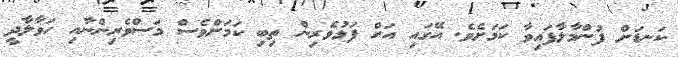
ކަނޑަށް ފުންމާލާފައިވާ ކަމަށެވެ. އޭގައި އަށް ފަޅުވެރިން ތިބި ކަމަށްވެސް މަސްވެރިންނާއި ހަވާލާދީ